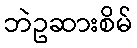
ဘဲဥဆားစိမ်